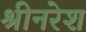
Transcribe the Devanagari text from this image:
श्रीनरेश